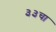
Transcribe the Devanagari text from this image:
३३चा